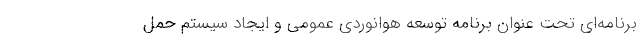
برنامه‌ای تحت عنوان برنامه توسعه هوانوردی عمومی و ایجاد سیستم حمل